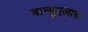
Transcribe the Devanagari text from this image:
बान्युएलास